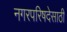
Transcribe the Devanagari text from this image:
नगरपरिषदेसाठी